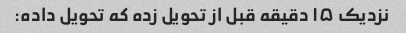
نزدیک ۱۵ دقیقه قبل از تحویل زده که تحویل داده: